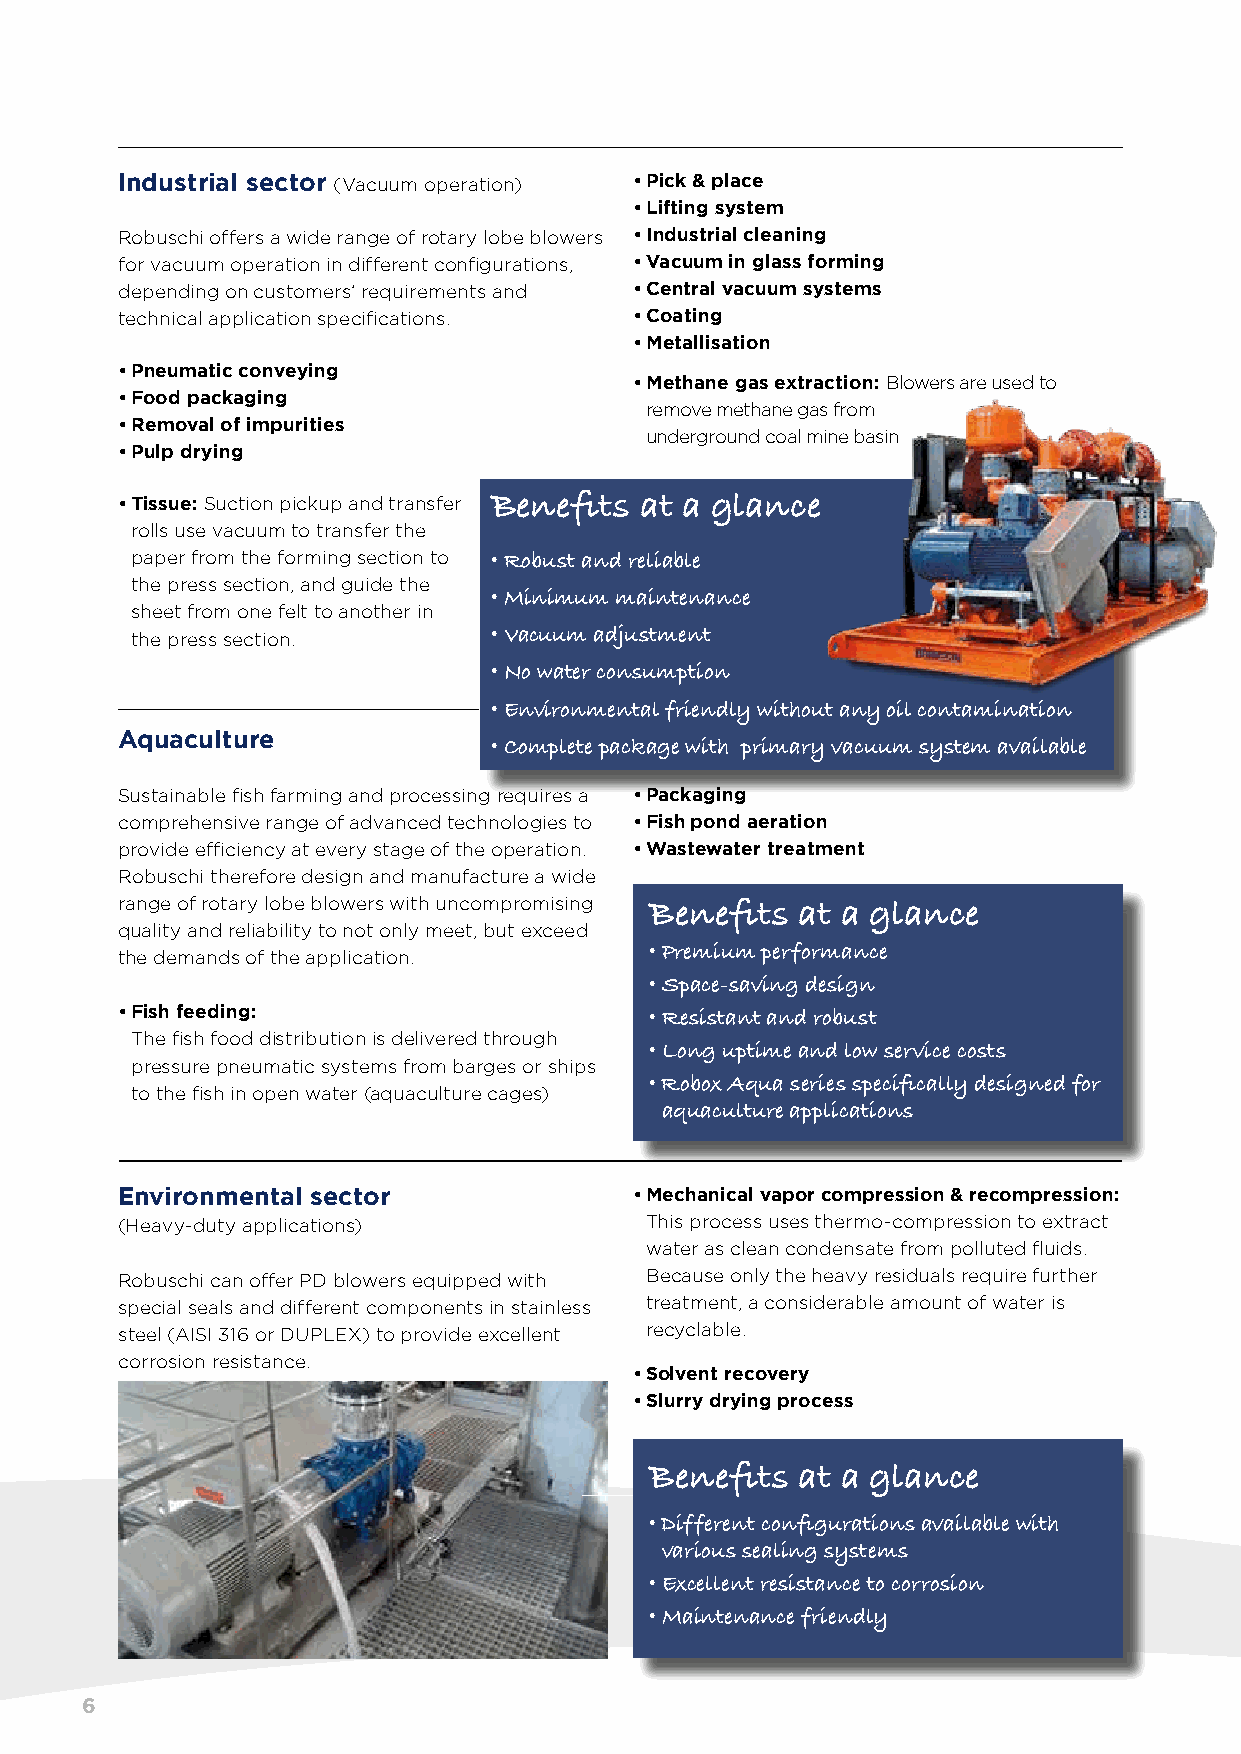
Industrial sector (Vacuum operation) • Pick & place
 • Lifting system
 Robuschi offers a wide range of rotary lobe blowers • Industrial cleaning
 for vacuum operation in different configurations, • Vacuum in glass forming
 depending on customers’ requirements and • Central vacuum systems
 technical application specifications. • Coating
 • Metallisation
 • Pneumatic conveying
 • Methane gas extraction: Blowers are used to
 • Food packaging
 remove methane gas from
 • Removal of impurities
 underground coal mine basin
 • Pulp drying
 • Tissue: Suction pickup and transfer Benefits at a glance
 rolls use vacuum to transfer the
 paper from the forming section to • Robust and reliable
 the press section, and guide the
 • Minimum maintenance
 sheet from one felt to another in
 the press section.     • Vacuum adjustment
 • No water consumption
 • Environmental friendly without any oil contamination
 Aquaculture
 • Complete package with primary vacuum system available
 Sustainable fish farming and processing requires a • Packaging
 comprehensive range of advanced technologies to • Fish pond aeration
 provide efficiency at every stage of the operation. • Wastewater treatment
 Robuschi therefore design and manufacture a wide
 range of rotary lobe blowers with uncompromising
 Benefits  at a glance
 quality and reliability to not only meet, but exceed
 the demands of the application.    • Premium performance
 • Space-saving design
 • Fish feeding:
 • Resistant and robust
 The fish food distribution is delivered through
 • Long uptime and low service costs
 pressure pneumatic systems from barges or ships
 • Robox Aqua series specifically designed for
 to the fish in open water (aquaculture cages)
 aquaculture applications
 Environmental sector              • Mechanical vapor compression & recompression:
 (Heavy-duty applications)          This process uses thermo-compression to extract
 water as clean condensate from polluted fluids.
 Robuschi can offer PD blowers equipped with Because only the heavy residuals require further
 special seals and different components in stainless treatment, a considerable amount of water is
 steel (AISI 316 or DUPLEX) to provide excellent recyclable.
 corrosion resistance.
 • Solvent recovery
 • Slurry drying process
 Benefits  at a glance
 • Different configurations available with
 various sealing systems
 • Excellent resistance to corrosion
 • Maintenance friendly
 6